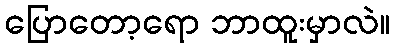
ပြောတော့ရော ဘာထူးမှာလဲ။